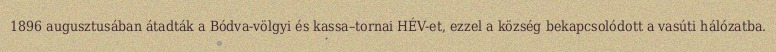
1896 augusztusában átadták a Bódva-völgyi és kassa–tornai HÉV-et, ezzel a község bekapcsolódott a vasúti hálózatba.